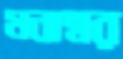
মনাম্বর